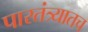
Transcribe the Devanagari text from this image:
पारतंत्र्यातच